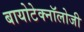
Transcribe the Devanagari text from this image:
बायोटेक्नॉलोजी